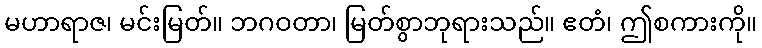
မဟာရာဇ၊ မင်းမြတ်။ ဘဂဝတာ၊ မြတ်စွာဘုရားသည်။ ဧတံ၊ ဤစကားကို။